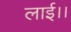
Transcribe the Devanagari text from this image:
लाई।।